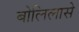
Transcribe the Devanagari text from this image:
बोलिलासे